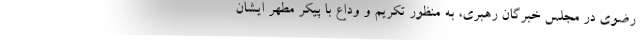
رضوی در مجلس خبرگان رهبری، به منظور تکریم و وداع با پیکر مطهر ایشان